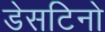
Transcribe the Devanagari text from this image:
डेसटिनो